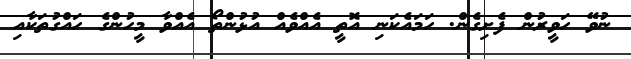
ނުވޭ ހަވީރުން ފެށިގެން. ހަމައެކަނި އޮތީ އެއްވެއް އުޅުންތޯ އެއްވާ މީހުންގެ ހައްގުތަކާއި